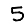
Digit: 5